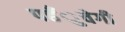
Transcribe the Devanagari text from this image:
पहँुचेगी